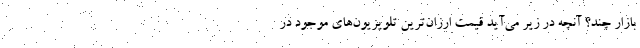
بازار چند؟ آنچه در زیر می‌آید قیمت ارزان‌ترین تلویزیون‌های موجود در